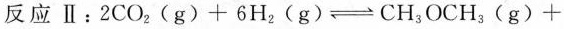
反应Ⅱ：$$2CO_{2}(g)+6H_{2}(g)\rightleftharpoons CH_{3}OCH_{3}(g)+$$